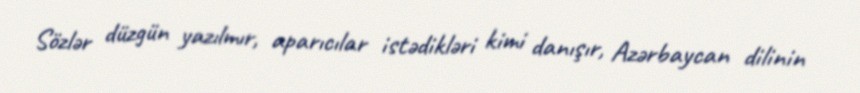
Sözlər düzgün yazılmır, aparıcılar istədikləri kimi danışır, Azərbaycan dilinin